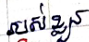
របស់ខ្លួន